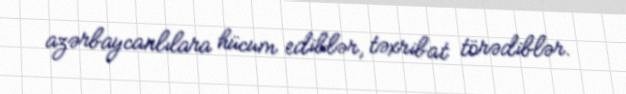
azərbaycanlılara hücum ediblər, təxribat törədiblər.